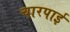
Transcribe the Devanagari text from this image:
चारपार्इ